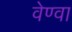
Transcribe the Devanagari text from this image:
वेण्वा